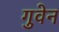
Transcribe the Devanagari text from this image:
गुवेन